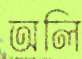
অলি